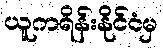
ယူကရိန်းနိုင်ငံမှ